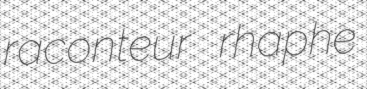
raconteur rhaphe